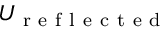
U _ { \mathrm { ~ r ~ e ~ f ~ l ~ e ~ c ~ t ~ e ~ d ~ } }